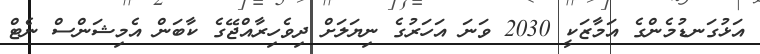
އަޅުގަނޑުމެންގެ އަމާޒަކީ 2030 ވަނަ އަހަރުގެ ނިޔަލަށް ދިވެހިރާއްޖޭގެ ކާބަން އެމިޝަންސް ނެޓް